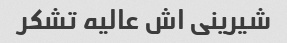
شیرینی اش عالیه تشکر